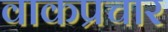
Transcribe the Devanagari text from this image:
वाकप्रचार